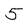
Character: 5